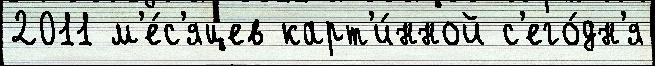
2011 м'е́с'яцев карт'и́нной с'его́дн'я